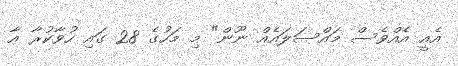
އެއީ އެއްވެސް މައްސަލައެއް ނޫން" މި މަހުގެ 28 ގައި ހުވާކުރާ އާ